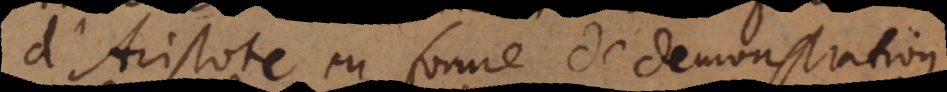
d’Aristote en forme de demonstration,